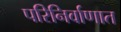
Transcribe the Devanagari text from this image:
परिनिर्वाणात